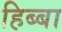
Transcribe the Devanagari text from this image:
हिब्बा